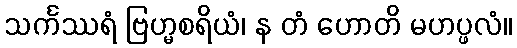
သင်္ကဿရံ ဗြဟ္မစရိယံ၊ န တံ ဟောတိ မဟပ္ဖလံ။